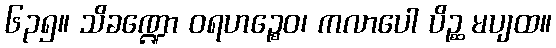
၆၃၅။ သိခဏ္ဍော ဝရဟဉ္စေဝ၊ ကလာပေါ ပိဉ္ဆ မပျထ။